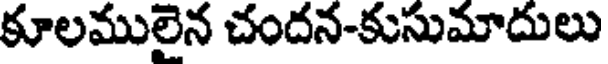
కూలములైన చందన-కుసుమాదులు